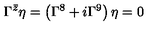
\Gamma ^ { \bar { z } } \eta = \left( \Gamma ^ { 8 } + i \Gamma ^ { 9 } \right) \eta = 0